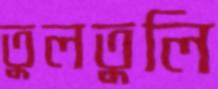
তুলতুলি